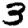
Digit: 3